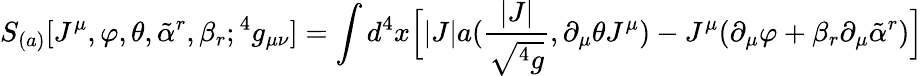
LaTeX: S_{(a)}[J^{\mu},\varphi,\theta,{\tilde{\alpha}}^{r},\beta_{r};{}^{4}g_{\mu\nu}]=\int d^{4}x\Big[|J|a({\frac{|J|}{\sqrt{{}^{4}g}}},\partial_{\mu}\theta J^{\mu})-J^{\mu}(\partial_{\mu}\varphi+\beta_{r}\partial_{\mu}{\tilde{\alpha}}^{r})\Big]